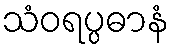
သံဝရပ္ပဓာနံ